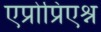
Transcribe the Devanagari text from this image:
एप्रोप्रिएश्न